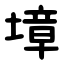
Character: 墇